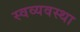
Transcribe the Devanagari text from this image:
स्वव्यवस्था